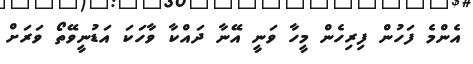
އެންމެ ފަހުން ފިރިހެން މީހާ ވަނީ އޭނާ ދައްކާ ވާހަކަ އަޑުނީވޭތޯ ވަރަށް